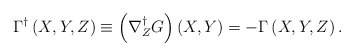
\begin{align*}\Gamma ^{\dag }\left( X,Y,Z\right) \equiv \left( \nabla _{Z}^{\dag }G\right)\left( X,Y\right) =-\Gamma \left( X,Y,Z\right) . \end{align*}